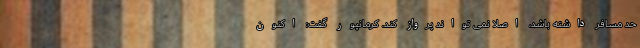
حد مسافر داشته باشد، اصلا نمی تواند پرواز کند. کرمانپور گفت: اکنون